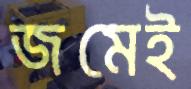
জমেই